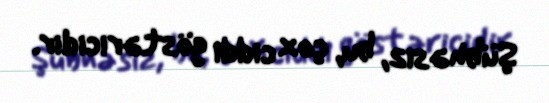
Şübhəsiz, bu, çox ciddi göstəricidir.